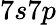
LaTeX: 7s7p